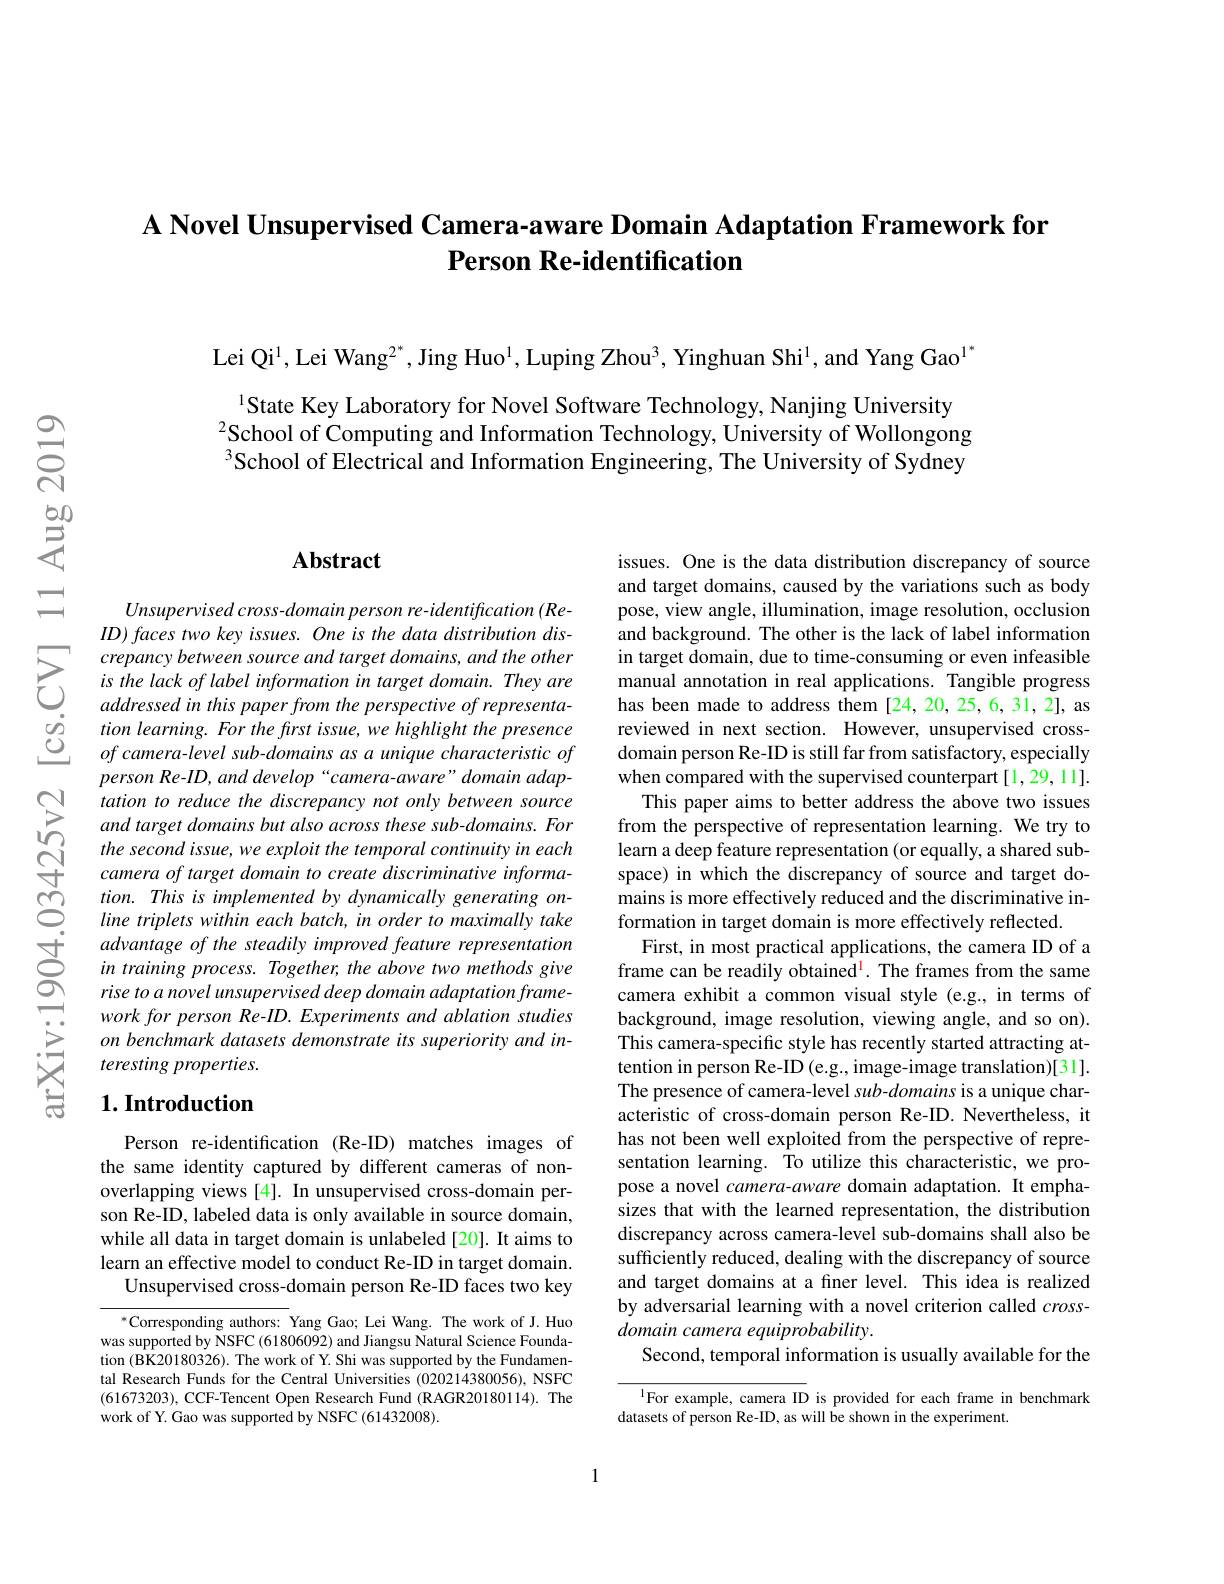
# A Novel Unsupervised Camera-aware Domain Adaptation Framework for Person Re-identification

Lei Qi$^1$,Lei Wang$^2^*$,Jing Huo$^1$,Luping Zhou$^3$, Yinghuan Shi$^1$,and Yang Gao$^1^*$

State Key Laboratory for Novel Software Technology, Nanjing University
$^2$School of Computing and Information Technology, University of Wollongong $^3$School of Electrical and Information Engineering, The University of Sydney

## $\mathbf{Abstract}$

Unsupervised cross- domain person re- identification (ReID) faces two key issues. One is the data distribution discrepancy between source and target domains, and the other is the lack of label information in target domain. They are addressed in this paper from the perspective of representation learning. For the frst issue, we highlight the presence $ofcamera-levelsub-domains$ as a unique characteristic of person Re-ID, and develop“camera-aware” domain adaptation to reduce the discrepancy not only between source and target domains but also across these sub-domains. For the second issue, we exploit the temporal continuity in each camera of target domain to create discriminative information. This is implemented by dynamically generating online triplets within each batch, in order to maximally take advantage of the steadily improved feature representation in training process. Together, the above two methods give rise to a novel unsupervised deep domain adaptation framework for person Re-ID. Experiments and ablation studies on benchmark datasets demonstrate its superiority and interesting properties.

## $1. \textbf{Introduction}$

Person re-identification (Re-ID) matches images of the same identity captured by different cameras of nonoverlapping views [4]. In unsupervised cross-domain person Re-ID, labeled data is only available in source domain, while all data in target domain is unlabeled [20]. It aims to learn an effective model to conduct Re-ID in target domain.
Unsupervised cross-domain person Re-ID faces two key

$^{*}$Corresponding authors: Yang Gao; Lei Wang. The work of J.Huo was supported by NSFC (61806092) and Jiangsu Natural Science Foundation (BK20180326). The work of Y. Shi was supported by the Fundamental Research Funds for the Central Universities (020214380056), NSFC (61673203),CCF-Tencent Open Research Fund (RAGR20180114).The work of Y. Gao was supported by NSFC (61432008).

issues. One is the data distribution discrepancy of source and target domains, caused by the variations such as body pose, view angle, illumination, image resolution, occlusion and background. The other is the lack of label information in target domain, due to time-consuming or even infeasible manual annotation in real applications. Tangible progress has been made to address them [24,20,25,6,31,2], as reviewed in next section. However, unsupervised crossdomain person Re-ID is still far from satisfactory, especially when compared with the supervised counterpart[1,29,11].
This paper aims to better address the above two issues from the perspective of representation learning. We try to learn a deep feature representation (or equally, a shared subspace) in which the discrepancy of source and target domains is more effectively reduced and the discriminative information in target domain is more effectively reflected.
First, in most practical applications, the camera ID of a frame can be readily obtained! The frames from the same camera exhibit a common visual style (e.g., in terms of background, image resolution, viewing angle, and so on). This camera-specific style has recently started attracting attention in person Re-ID (e.g., image-image translation)[31]. The presence of camera-level sub-domains is a unique characteristic of cross-domain person Re-ID. Nevertheless, it has not been well exploited from the perspective of representation learning. To utilize this characteristic, we propose a novel camera-aware domain adaptation. It emphasizes that with the learned representation, the distribution discrepancy across camera-level sub-domains shall also be sufficiently reduced, dealing with the discrepancy of source and target domains at a finer level. This idea is realized by adversarial learning with a novel criterion called $cross-$ domain camera equiprobability.
Second, temporal information is usually available for the

$^{1}$For example, camera ID is provided for each frame in benchmark
datasets of person Re-ID, as will be shown in the experiment.

1